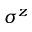
\sigma ^ { z }